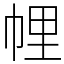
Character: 𢃇